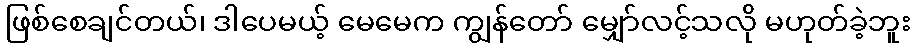
ဖြစ်စေချင်တယ်၊ ဒါပေမယ့် မေမေက ကျွန်တော် မျှော်လင့်သလို မဟုတ်ခဲ့ဘူး